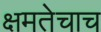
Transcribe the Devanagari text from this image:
क्षमतेचाच